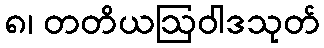
၈၊ တတိယဩဝါဒသုတ်